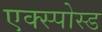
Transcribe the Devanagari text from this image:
एक्स्पोस्ड